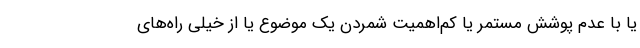
یا با عدم پوشش مستمر یا کم‌اهمیت شمردن یک موضوع یا از خیلی راه‌های